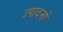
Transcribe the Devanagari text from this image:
उपादनों